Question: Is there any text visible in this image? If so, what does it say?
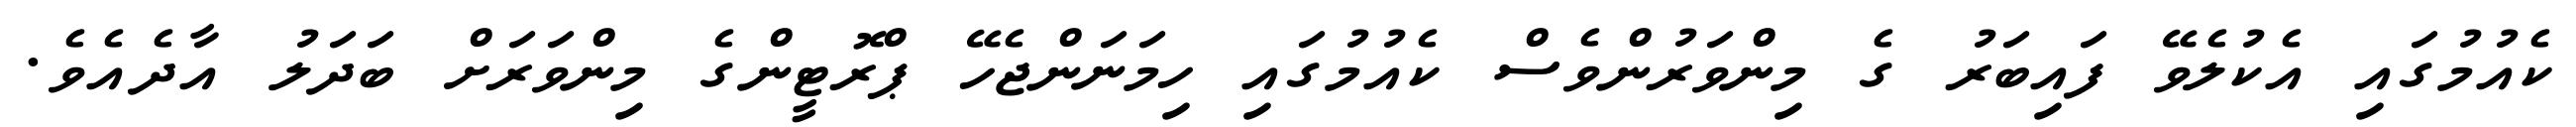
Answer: ކެއުމުގައި އެކުލެވޭ ފައިބަރު ގެ މިންވަރުންވެސް ކެއުމުގައި ހިމަނަންޖެހޭ ޕްރޮޓީންގެ މިންވަރަށް ބަދަލު އާދެއެވެ.